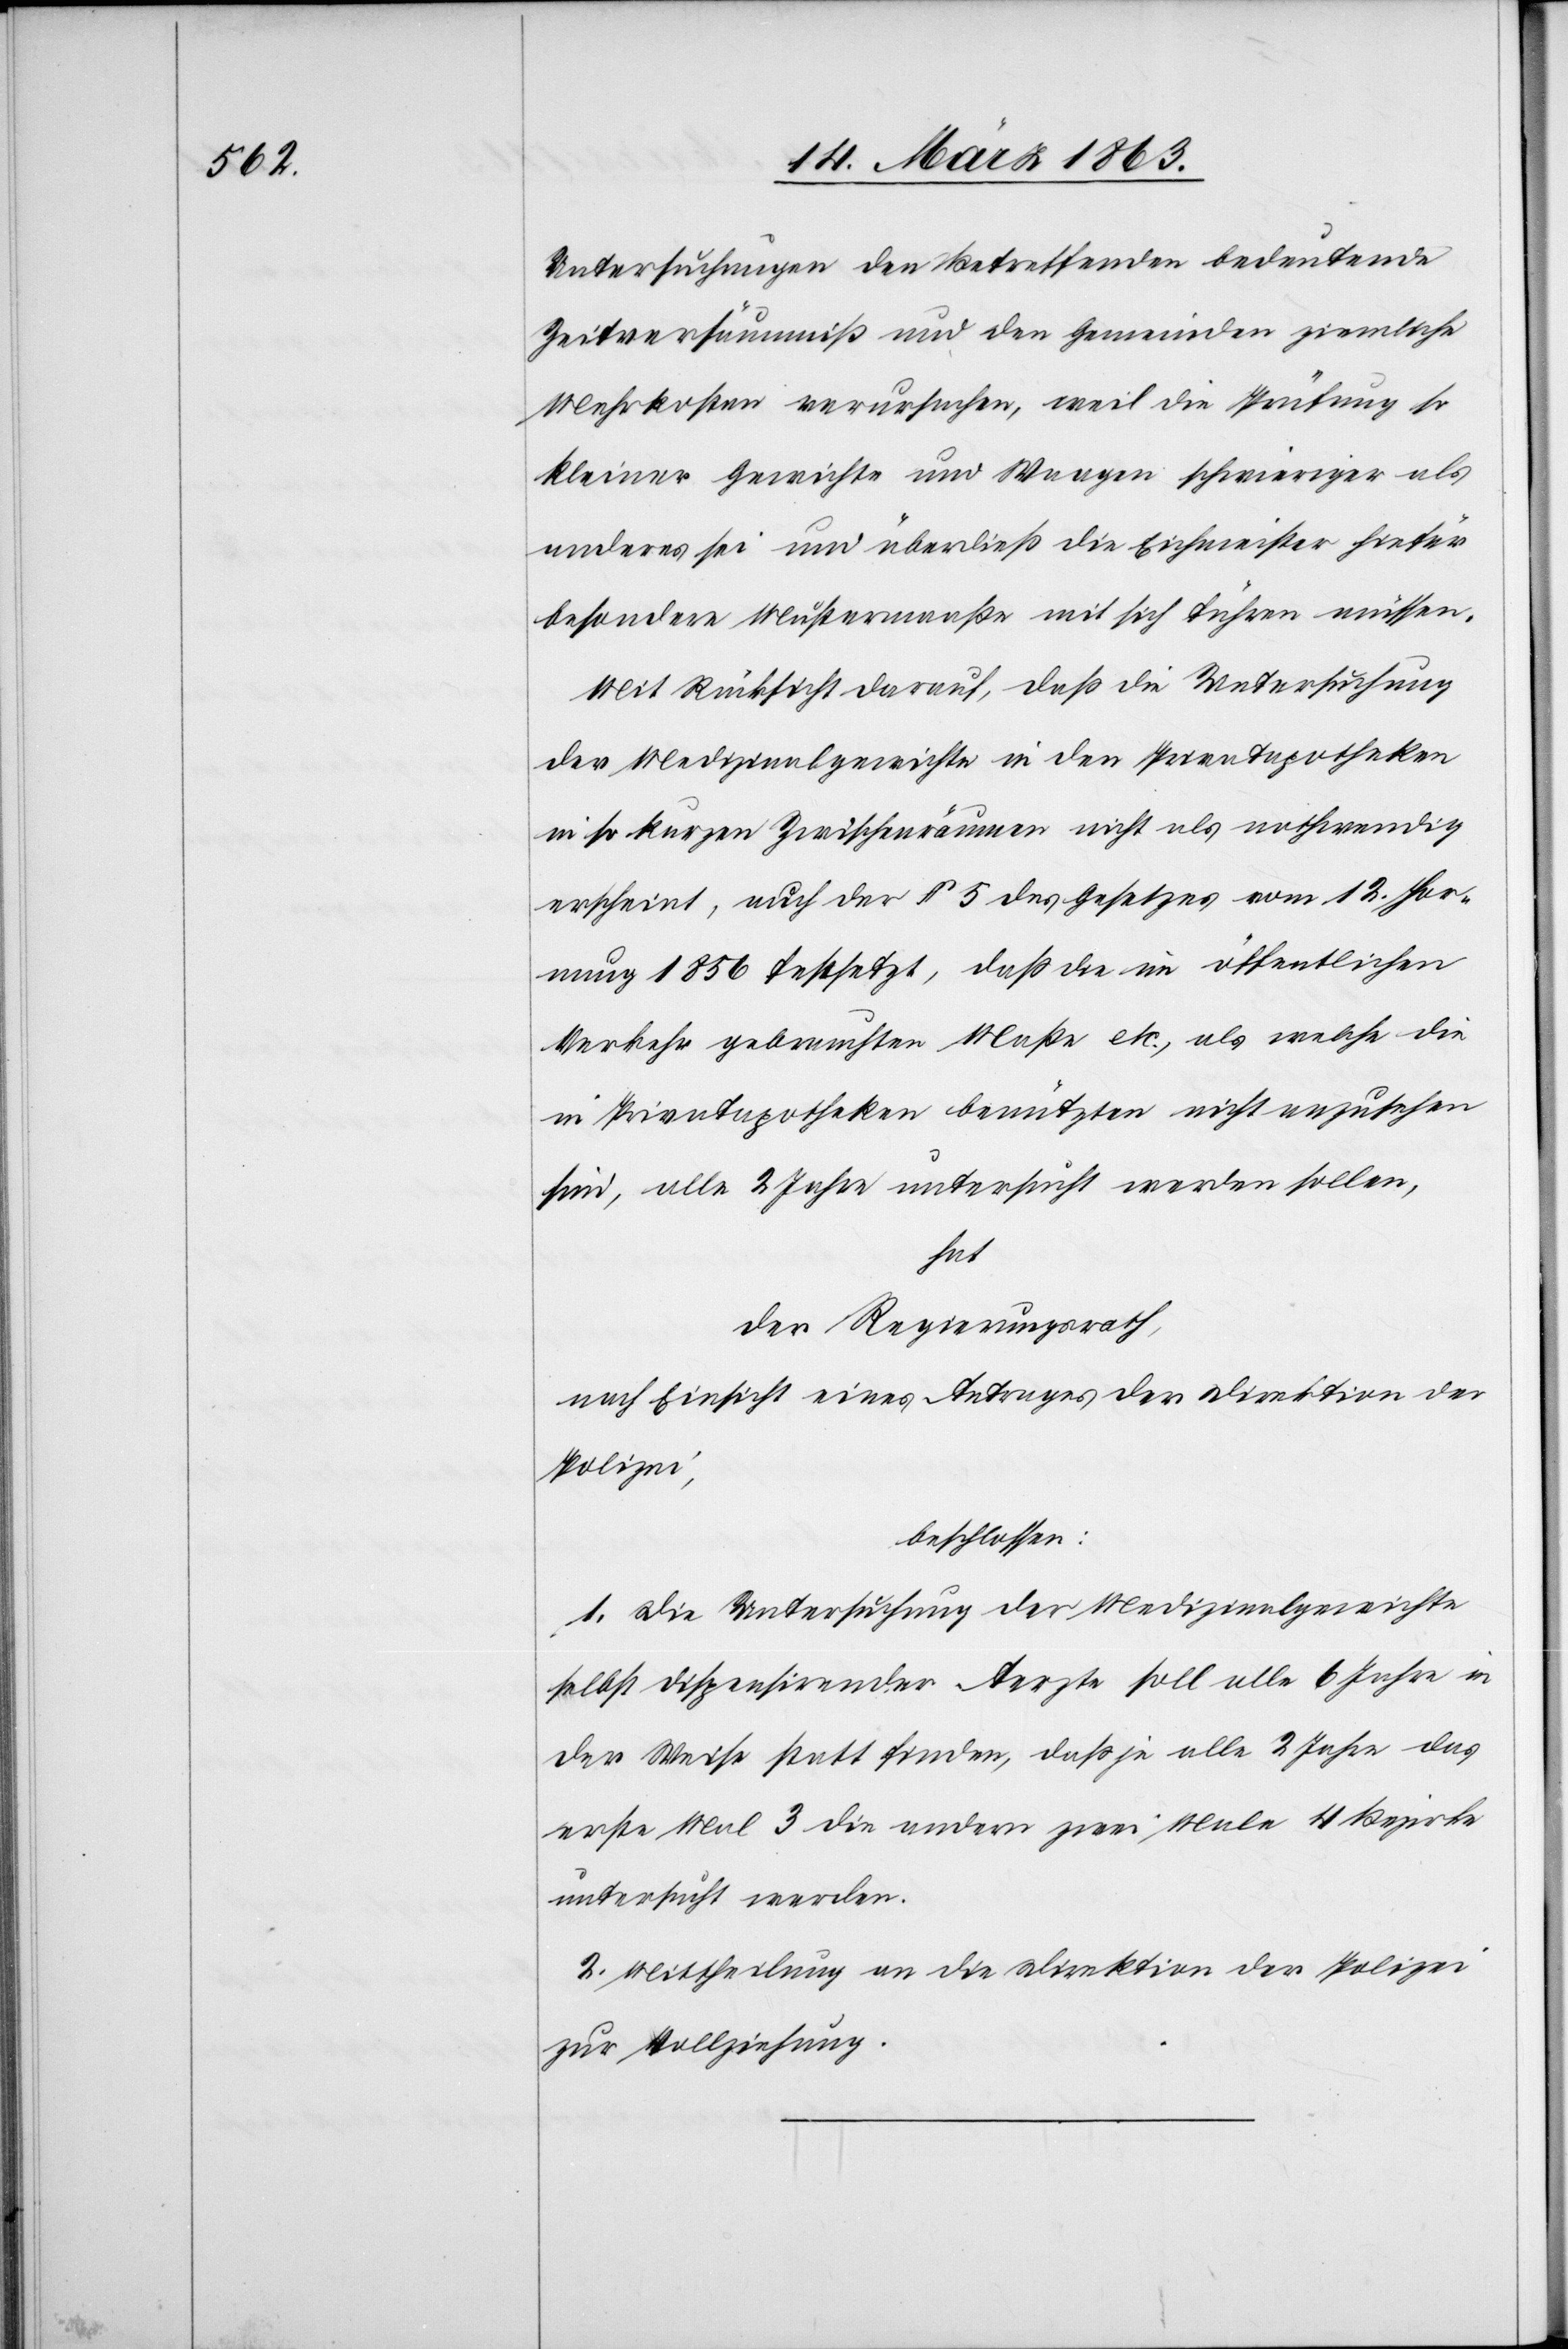
Untersuchungen den Betreffenden bedeutende
Zeitversäumniß und den Gemeinden ziemliche
Mehrkosten verursachen, weil die Prüfung so
kleiner Gewichte und Waagen schwieriger als
anderes sei und überdieß die Eichmeister hiefür
besondere Mustermaaße mit sich führen müssen.
Mit Rücksicht darauf, daß die Untersuchung
der Medizinalgewichte in den Privatapotheken
in so kurzen Zwischenräumen nicht als nothwendig
erschient, auch der § 5 des Gesetzes vom 12. Hor¬
nung 1856 festsetzt, daß die im öffentlichen
Verkehr gebrauchten Maße etc., als welche die
in Privatapotheken benützten nicht anzusehen
sind, alle 2 Jahre untersucht werden sollen,
hat
der Regierungsrath,
nach Einsicht eines Antrages der Direktion der
Polizei,
beschlossen:
1. Die Untersuchung der Medizinalgewichte
selbst dispensirender Aerzte soll alle 6 Jahre in
der Weise statt finden, daß je alle 2 Jahre das
erste Mal 3 die andern zwei Male 4 Bezirke
untersucht werden.
2. Mittheilung an die Direktion der Polizei
zur Vollziehung.